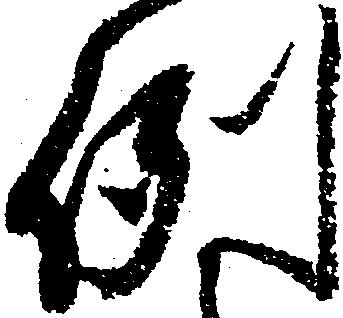
例